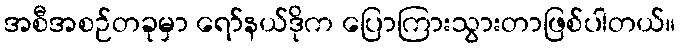
အစီအစဉ်တခုမှာ ရော်နယ်ဒိုက ပြောကြားသွားတာဖြစ်ပါတယ်။